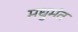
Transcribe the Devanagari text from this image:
मधुमंत